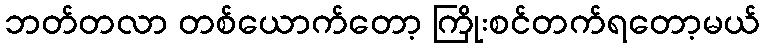
ဘတ်တလာ တစ်ယောက်တော့ ကြိုးစင်တက်ရတော့မယ်